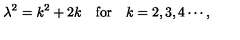
\lambda ^ { 2 } = k ^ { 2 } + 2 k \quad \mathrm { f o r } \quad k = 2 , 3 , 4 \cdots ,